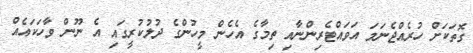
ގޮތަކަށް ހުރެއްޖެނަމަ އަވައްޓެރިންނާއި ތިމާގެ އެހެން މީހުންގެ ދުލުކުރީގައި އެ ނޫން ވާހަކައެއް